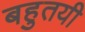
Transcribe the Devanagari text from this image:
बहुतयी